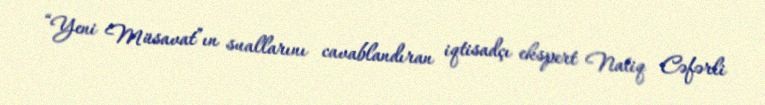
“Yeni Müsavat”ın suallarını cavablandıran iqtisadçı ekspert Natiq Cəfərli